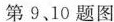
第910题图